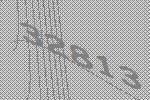
32813